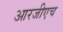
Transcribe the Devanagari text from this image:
आरजीएच